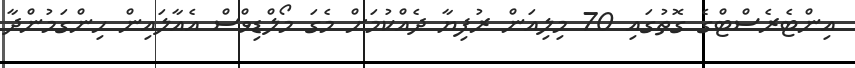
އިންޓެރެސްޓްގެ ގޮތުގައި 70 މިލިއަން ރުފިޔާ ދެއްކުމަށް މެގަ މޯލްޑިވްސް އެއާލައިން ހިންގަމުންދާ